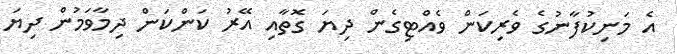
އެ މަނިކުފާނުގެ ވެރިކަން ވެއްޓިގެން ދިޔަ ގޮތާއި އޭރު ކަންކަން ދިމާވަމުން ދިޔަ